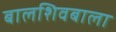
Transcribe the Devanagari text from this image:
बालशिवबाला